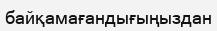
байқамағандығыңыздан